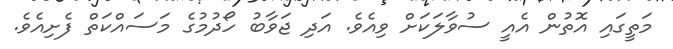
މަތީގައި އޮތުން އެއީ ސުވާލަކަށް ވިއެވެ. އަދި ޖަވާބު ހޯދުމުގެ މަސައްކަތް ފެށިއެވެ.